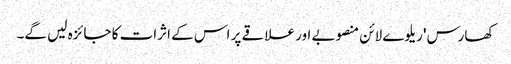
کھارس' ریلوے لائن منصوبے اور علاقے پر اس کے اثرات کا جائزہ لیں گے۔